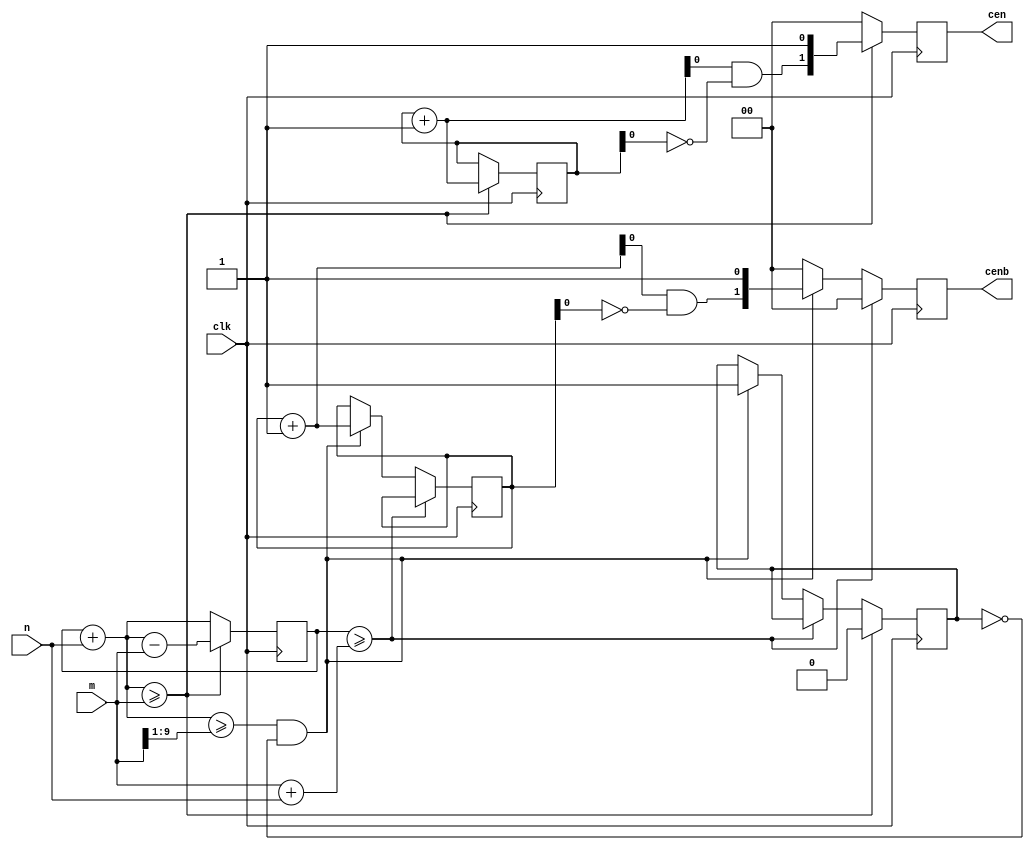
/*  This file is part of JTFRAME.
    JTFRAME program is free software: you can redistribute it and/or modify
    it under the terms of the GNU General Public License as published by
    the Free Software Foundation, either version 3 of the License, or
    (at your option) any later version.

    JTFRAME program is distributed in the hope that it will be useful,
    but WITHOUT ANY WARRANTY; without even the implied warranty of
    MERCHANTABILITY or FITNESS FOR A PARTICULAR PURPOSE.  See the
    GNU General Public License for more details.

    You should have received a copy of the GNU General Public License
    along with JTFRAME.  If not, see <http://www.gnu.org/licenses/>.

    Author: Jose Tejada Gomez. Twitter: @topapate
    Version: 1.0
    Date: 6-12-2019 */

///////////////////////////////////////////////////////////////////////////
// Fractional clock enable signal
// W refers to the number of divided down cen signals available
// each one is divided by 2

module jtframe_frac_cen #(parameter W=2,WC=10)(
    input         clk,
    input   [WC-1:0] n,         // numerator
    input   [WC-1:0] m,         // denominator
    output reg [W-1:0] cen,
    output reg [W-1:0] cenb // 180 shifted
);

wire [WC:0] step={1'b0,n},
            lim ={1'b0,m},
            absmax = lim+step;

reg  [WC:0] cencnt=0,
            next, next2;

always @(*) begin
    next  = cencnt+step;
    next2 = next-lim;
end

reg  half    = 0;
wire over    = next>=lim;
wire halfway = next >= (lim>>1)  && !half;

reg  [W-1:0] edgecnt = 0;
wire [W-1:0] next_edgecnt = edgecnt + 1'd1;
wire [W-1:0] toggle = next_edgecnt & ~edgecnt;

reg  [W-1:0] edgecnt_b = 0;
wire [W-1:0] next_edgecnt_b = edgecnt_b + 1'd1;
wire [W-1:0] toggle_b = next_edgecnt_b & ~edgecnt_b;

always @(posedge clk) begin
    cen  <= 0;
    cenb <= 0;

    if( cencnt >= absmax ) begin
        // something went wrong: restart
        cencnt <= 0;
    end else
    if( halfway ) begin
        half <= 1'b1;
        edgecnt_b <= next_edgecnt_b;
        cenb <= { toggle_b[W-2:0], 1'b1 };
    end
    if( over ) begin
        cencnt <= next2;
        half <= 1'b0;
        edgecnt <= next_edgecnt;
        cen <= { toggle[W-2:0], 1'b1 };
    end else begin
        cencnt <= next;
    end
end


endmodule